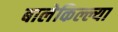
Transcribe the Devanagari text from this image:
बालेकिल्ल्या